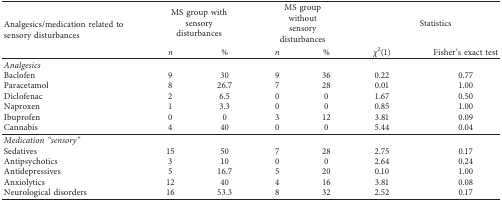
<table><thead><tr><td rowspan="2"><b>Analgesics/medication related to sensory disturbances</b></td><td colspan="2"><b>MS group with sensory disturbances</b></td><td colspan="2"><b>MS group without sensory disturbances</b></td><td colspan="2"><b>Statistics</b></td></tr><tr><td><b><i>n</i></b></td><td><b>%</b></td><td><b><i>n</i></b></td><td><b>%</b></td><td><b><i>χ</i><sup>2</sup>(1)</b></td><td><b>Fisher&#x27;s exact test</b></td></tr></thead><tbody><tr><td><i>Analgesics</i></td><td> </td><td> </td><td> </td><td> </td><td> </td><td> </td></tr><tr><td>Baclofen</td><td>9</td><td>30</td><td>9</td><td>36</td><td>0.22</td><td>0.77</td></tr><tr><td>Paracetamol</td><td>8</td><td>26.7</td><td>7</td><td>28</td><td>0.01</td><td>1.00</td></tr><tr><td>Diclofenac</td><td>2</td><td>6.5</td><td>0</td><td>0</td><td>1.67</td><td>0.50</td></tr><tr><td>Naproxen</td><td>1</td><td>3.3</td><td>0</td><td>0</td><td>0.85</td><td>1.00</td></tr><tr><td>Ibuprofen</td><td>0</td><td>0</td><td>3</td><td>12</td><td>3.81</td><td>0.09</td></tr><tr><td>Cannabis</td><td>4</td><td>40</td><td>0</td><td>0</td><td>5.44</td><td>0.04</td></tr><tr><td><i>Medication “sensory”</i></td><td> </td><td> </td><td> </td><td> </td><td> </td><td> </td></tr><tr><td>Sedatives</td><td>15</td><td>50</td><td>7</td><td>28</td><td>2.75</td><td>0.17</td></tr><tr><td>Antipsychotics</td><td>3</td><td>10</td><td>0</td><td>0</td><td>2.64</td><td>0.24</td></tr><tr><td>Antidepressives</td><td>5</td><td>16.7</td><td>5</td><td>20</td><td>0.10</td><td>1.00</td></tr><tr><td>Anxiolytics</td><td>12</td><td>40</td><td>4</td><td>16</td><td>3.81</td><td>0.08</td></tr><tr><td>Neurological disorders</td><td>16</td><td>53.3</td><td>8</td><td>32</td><td>2.52</td><td>0.17</td></tr></tbody></table>